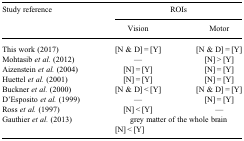
<table><thead><tr><td rowspan="2"><b>Study reference</b></td><td colspan="2"><b>ROIs</b></td></tr><tr><td><b>Vision</b></td><td><b>Motor</b></td></tr></thead><tbody><tr><td>This work (2017)</td><td>[N &amp; D] = [Y]</td><td>[N &amp; D] = [Y]</td></tr><tr><td>Mohtasib <i>et al.</i> (2012)</td><td>—</td><td>[N] &gt; [Y]</td></tr><tr><td>Aizenstein <i>et al.</i> (2004)</td><td>[N] = [Y]</td><td>[N] = [Y]</td></tr><tr><td>Huettel <i>et al.</i> (2001)</td><td>[N] = [Y]</td><td>[N] = [Y]</td></tr><tr><td>Buckner <i>et al.</i> (2000)</td><td>[N &amp; D] &lt; [Y]</td><td>[N &amp; D] = [Y]</td></tr><tr><td>D&#x27;Esposito <i>et al.</i> (1999)</td><td>—</td><td>[N] = [Y]</td></tr><tr><td>Ross <i>et al.</i> (1997)</td><td>[N] &lt; [Y]</td><td>—</td></tr><tr><td rowspan="2">Gauthier <i>et al.</i> (2013)</td><td colspan="2">grey matter of the whole brain</td></tr><tr><td colspan="2">[N] &lt; [Y]</td></tr></tbody></table>